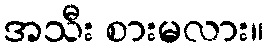
အသီး စားမလား။